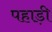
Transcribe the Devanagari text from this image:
पहाड़़ी